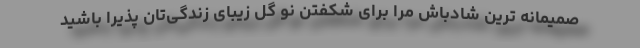
صمیمانه ترین شادباش مرا برای شکفتن نو گل زیبای زندگی‌تان پذیرا باشید